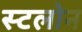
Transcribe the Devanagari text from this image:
स्टलोन